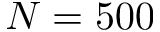
N = 5 0 0